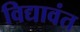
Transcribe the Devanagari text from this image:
विद्यावंत